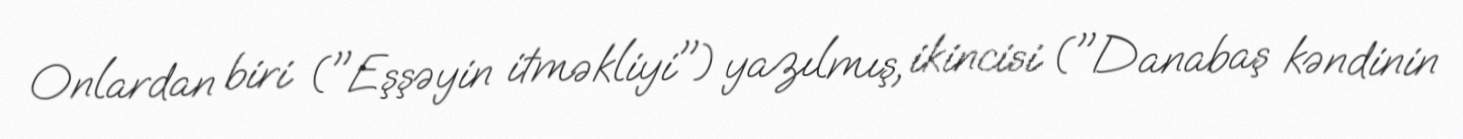
Onlardan biri ("Eşşəyin itməkliyi") yazılmış, ikincisi ("Danabaş kəndinin